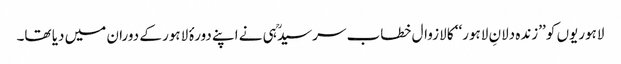
لاہوریوں کو ’’زندہ دلانِ لاہور‘‘ کا لازوال خطاب سرسیدؒ ہی نے اپنے دورۂ لاہور کے دوران میں دیا تھا۔